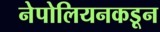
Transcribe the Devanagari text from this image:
नेपोलियनकडून